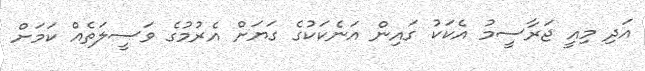
އަދި މިއީ ޖަރާސީމު އެކަކު ގައިން އަނެކަކުގެ ގަޔަށް އެރުމުގެ ވަސީލަތެއް ކަމަށް